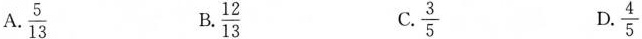
A. \frac{5}{13} B. \frac{12}{13} C. \frac{3}{5} D. \frac{4}{5}